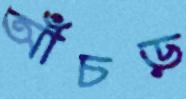
আঁচড়